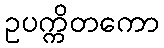
ဥပက္ကိတကော